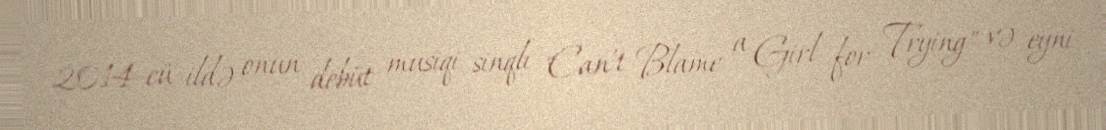
2014-cü ildə onun debüt musiqi sinqlı "Can't Blame a Girl for Trying" və eyni